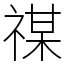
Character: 禖